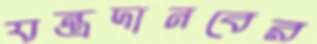
যন্ত্রদানবের